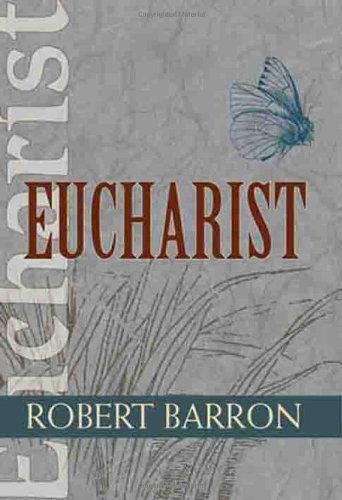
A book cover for Eucharist (Catholic Spirituality for Adults); Robert Barron; Christian Books & Bibles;